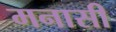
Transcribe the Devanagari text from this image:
मनासी